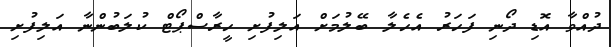
ދުއްވާ އޮޑި ދޯނި ފަހަރު އެހެލާ ބޭލުމަށް އަލިފުށި ހީރާސްޕޯޓް ކުލަބުންނާ އަލިފުށި